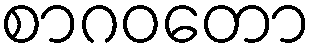
စာဂဝတော